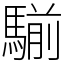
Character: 騚